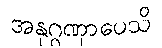
အနုဂ္ဂဏှာပေသိ